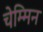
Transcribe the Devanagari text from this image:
चेम्मिन